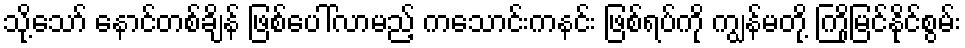
သို့သော် နောင်တစ်ချိန် ဖြစ်ပေါ်လာမည့် ကသောင်းကနင်း ဖြစ်ရပ်ကို ကျွန်မတို့ ကြိုမြင်နိုင်စွမ်း